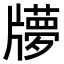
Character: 𤘂